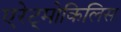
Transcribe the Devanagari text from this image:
एरेट्मोकिलिस